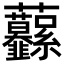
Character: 𧆙